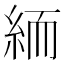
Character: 𥿶